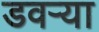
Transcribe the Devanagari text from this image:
डवऱ्या